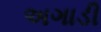
અગાડી